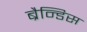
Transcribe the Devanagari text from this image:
ब्रैन्डिस